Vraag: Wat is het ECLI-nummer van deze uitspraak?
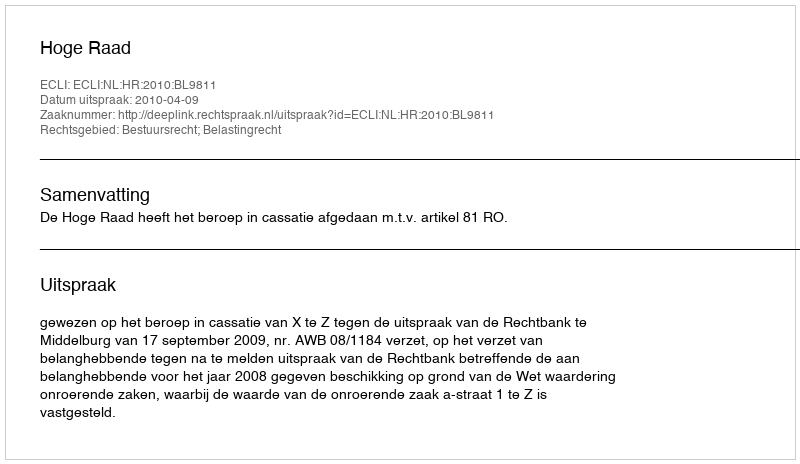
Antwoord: ECLI:NL:HR:2010:BL9811